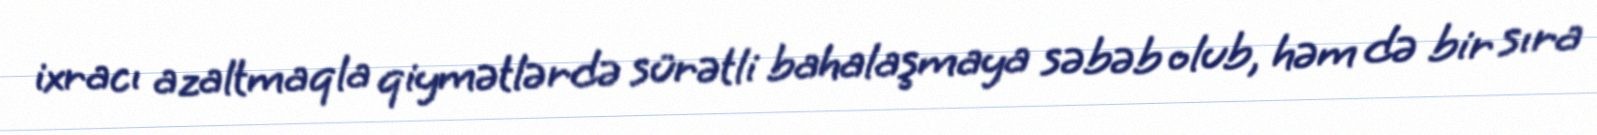
ixracı azaltmaqla qiymətlərdə sürətli bahalaşmaya səbəb olub, həm də bir sıra